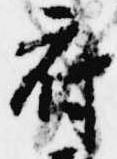
府